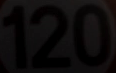
120